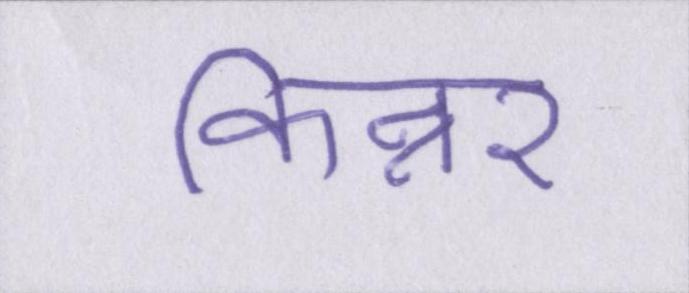
किन्नर